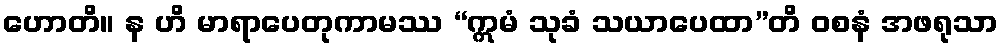
ဟောတိ။ န ဟိ မာရာပေတုကာမဿ “ဣမံ သုခံ သယာပေထာ”တိ ဝစနံ အဖရုသာ